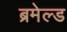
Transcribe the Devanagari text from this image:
ब्रमेल्ड